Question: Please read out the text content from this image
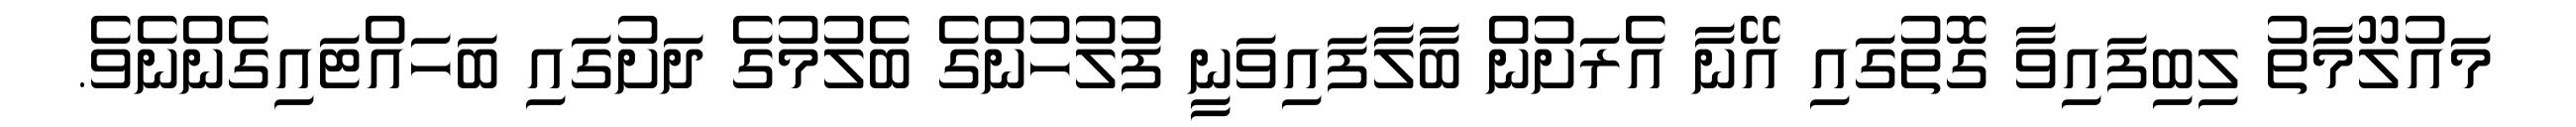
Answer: މައުލޫމާތު ލިބިފައިވާ ގޮތުގައި އޭނާ އެރަށުން ބާލާފައިވަނީ ފުލުހުންގެ ބެލުމުގެ ދަށުގައި ބަހައްޓައިގެންނެވެ.